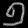
Digit: ၅